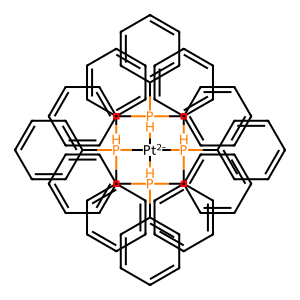
SMILES: c1ccc([PH](c2ccccc2)(c2ccccc2)[Pt-2]([PH](c2ccccc2)(c2ccccc2)c2ccccc2)([PH](c2ccccc2)(c2ccccc2)c2ccccc2)[PH](c2ccccc2)(c2ccccc2)c2ccccc2)cc1
Inhibits HIV replication: No